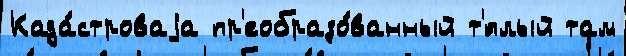
Када́строваjа пр'еобразо́ванный т'́плый там